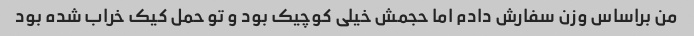
من براساس وزن سفارش دادم اما حجمش خیلی کوچیک بود و تو حمل کیک خراب شده بود